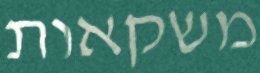
משקאות